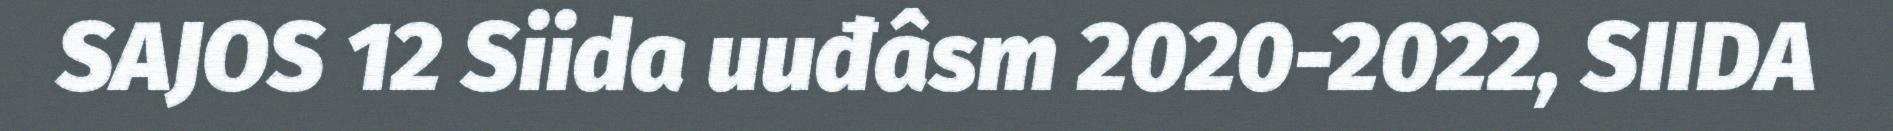
SAJOS 12 Siida uuđâsm 2020-2022, SIIDA